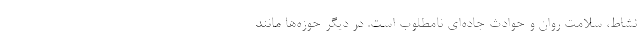
نشاط، سلامت روان و حوادث جاده‌ای نامطلوب است. در دیگر حوزه‌ها مانند